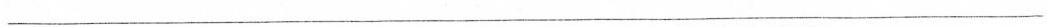
___